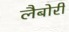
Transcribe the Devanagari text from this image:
लैबोरी